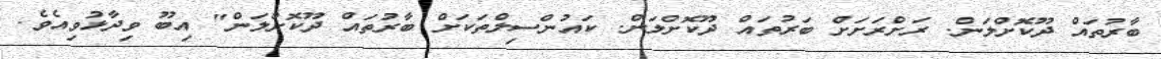
ބާރުތައް ދޫކޮށްލަން. ރަށްރަށަށް ބަރުތައް ދޫކޮށްލަން. ކައުންސިލްތަކަށް ބާރުތައް ދޫކޮށްލަން" އިބޫ ވިދާޅުވިއެވެ.